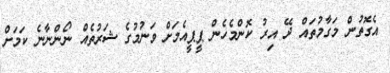
އެގޮތުން މަގާމުތައް ދޭ އިރު ކޮންމެހެން ޕީޕީއެމަށް ވަނުމުގެ ޝަރުތެއް ނޯންނާނެ ކަމަށް